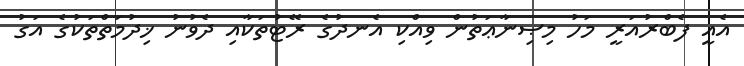
އެއީ ފެބްރުއަރީ މަހު މިޞިނާޢަތުން ވިއްކި އެނދުގެ ރޭޓުތަކާއި ދެވުނު ޚިދުމަތްތަކުގެ އަގު